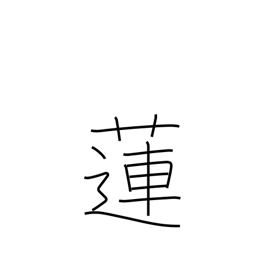
Meaning: lotus